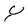
Character: Y